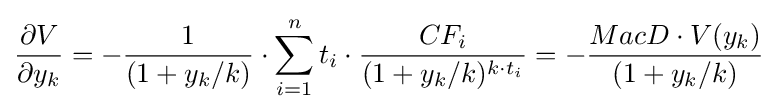
{\frac {\partial V}{\partial y_{k}}}=-{\frac {1}{(1+y_{k}/k)}}\cdot \sum _{i=1}^{n}t_{i}\cdot {\frac {CF_{i}}{(1+y_{k}/k)^{k\cdot t_{i}}}}=-{\frac {MacD\cdot V(y_{k})}{(1+y_{k}/k)}}